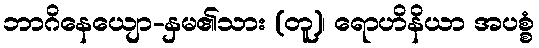
ဘာဂိနေယျော-နှမ၏သား (တူ)၊ ရောဟိနိယာ အပစ္စံ